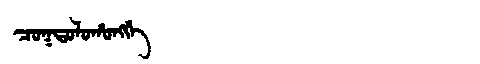
Manchu: ᠴᠣᡴᡨᠣᠯᠣᡥᠣᠩᡤᡝ
Romanization: COKTOLOHONGGE